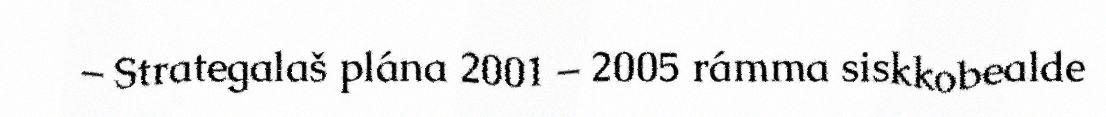
– Strategalaš plána 2001 – 2005 rámma siskkobealde